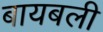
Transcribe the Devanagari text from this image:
बायबली